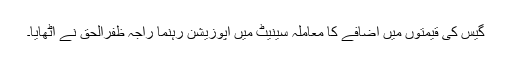
گیس کی قیمتوں میں اضافے کا معاملہ سینیٹ میں اپوزیشن رہنما راجہ ظفرالحق نے اٹھایا۔